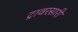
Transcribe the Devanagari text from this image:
ट्रावरसारी